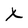
Character: x